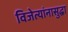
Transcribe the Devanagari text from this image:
विजेत्यांनासुद्धा